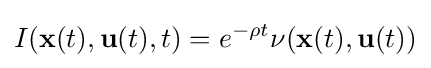
I(\mathbf {x} (t),\mathbf {u} (t),t)=e^{-\rho t}\nu (\mathbf {x} (t),\mathbf {u} (t))